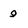
Character: 9